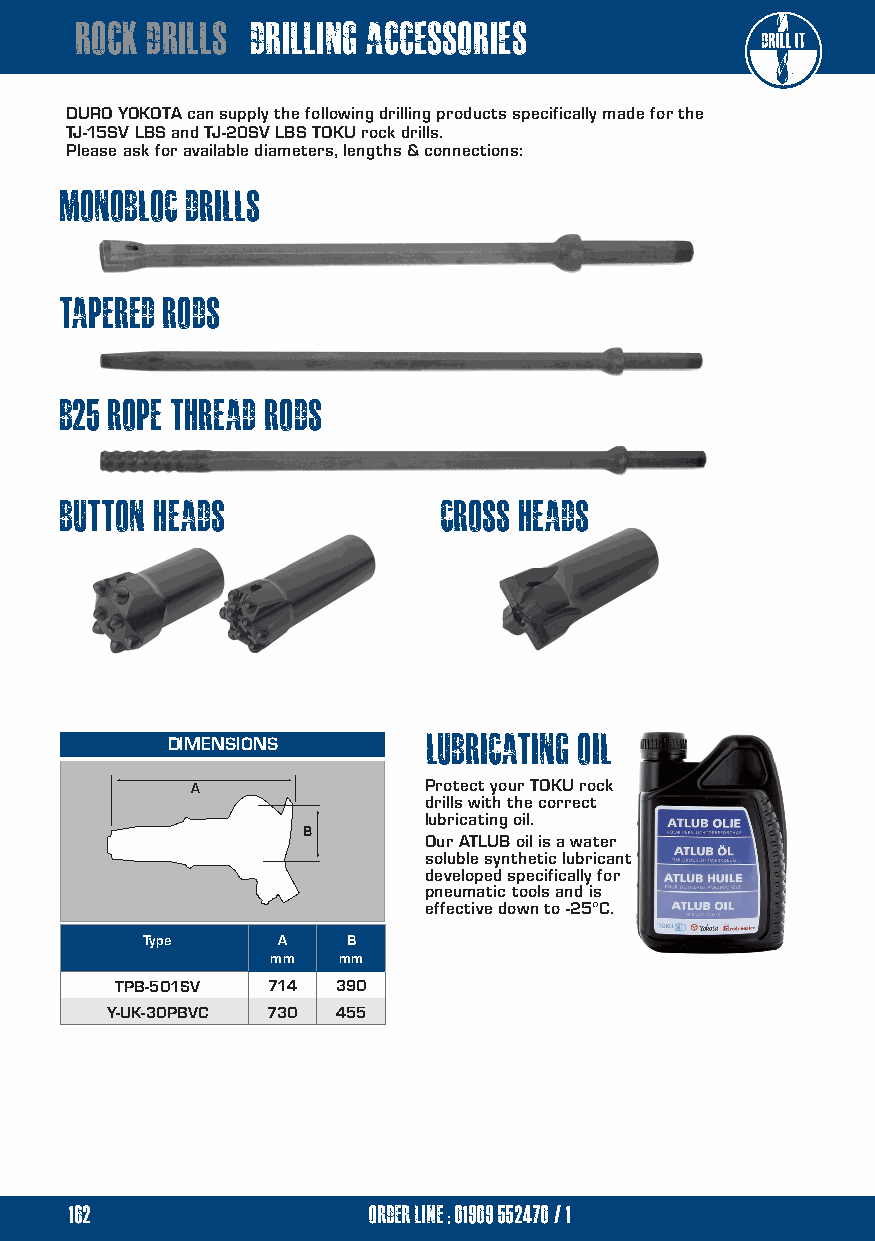
rock drills drilling accessories
 DURO YOKOTA can supply the following drilling products specifically made for the
 TJ-15SV LBS and TJ-20SV LBS TOKU rock drills.
 Please ask for available diameters, lengths & connections:
 monobloc drills
 tapered rods
 b25 roPe thread rods
 BUTTON HEADS             cross HEADS
 lubricating oil
 DIMENSIONS
 A              Protect your TOKU rock
 drills with the correct                 air    angle        grinders
 lubricating oil.
 B
 Our ATLUB oil is a water
 soluble synthetic lubricant
 developed specifically for
 pneumatic tools and is
 effective down to -25°C.
 Type     A    B                                                           41 /2, 5 & 9”
 mm  mm
 TPB-501SV 714 390
 Y-UK-30PBVC 730 455
 162                order line ; 01909 552470/1